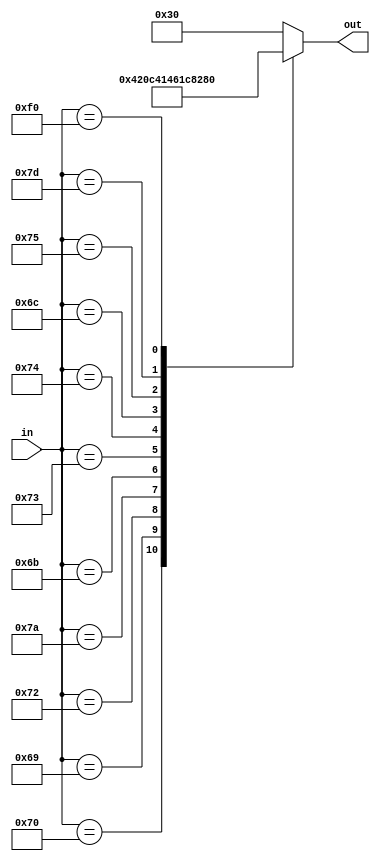
module stb_dec(out ,in);
    input [7:0] in ; 
    output reg [5:0] out;

    always @(*) begin
        case (in)
            8'h70: out <= 6'b000_000;
            8'h69: out <= 6'b000_001;
            8'h72: out <= 6'b000_010;
            8'h7A: out <= 6'b000_011;
            8'h6B: out <= 6'b000_100;
            8'h73: out <= 6'b000_101;
            8'h74: out <= 6'b000_110;
            8'h6C: out <= 6'b000_111;
            8'h75: out <= 6'b001_000;
            8'h7D: out <= 6'b001_001;
            8'hf0: out <= 6'b111_111;
            default: out <= 6'b110_000;
        endcase 
    end

endmodule